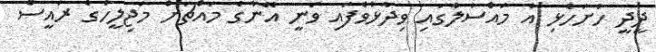
ދީދީ ހުށަހެޅި އެ މައްސަލާގައި ވިދާޅުވެފައި ވަނީ އޭނާގެ މައްޗަށް މަޖިލީހުގެ ރައީސް